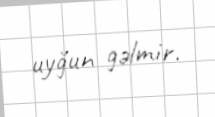
uyğun gəlmir.